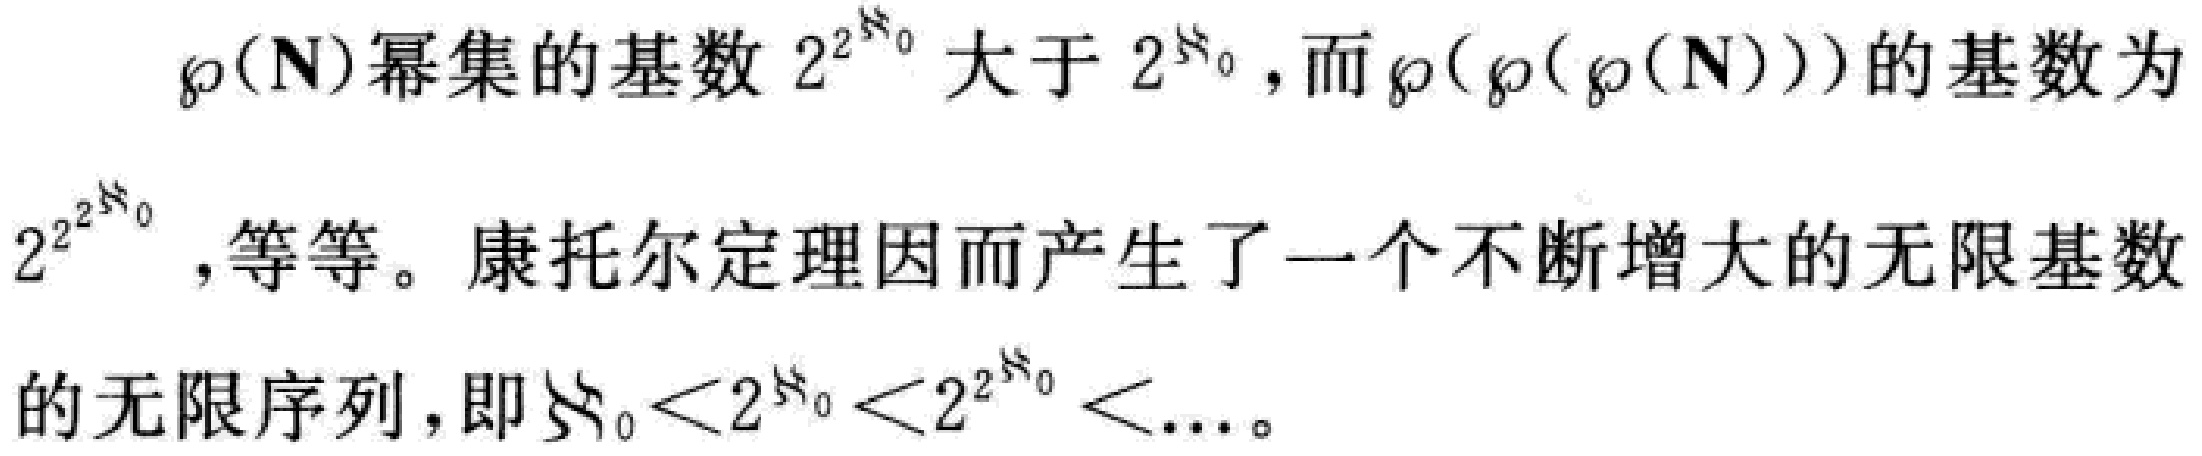
$\wp(\mathbf{N})$幂集的基数$2^{2^{\aleph_0}}$大于$2^{\aleph_0}$，而$\wp(\wp(\wp(\mathbf{N})))$的基数为$2^{2^{2^{\aleph_0}}}$，等等。康托尔定理因而产生了一个不断增大的无限基数的无限序列，即$\aleph_0<2^{\aleph_0}<2^{2^{\aleph_0}}<\ldots$。